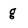
Character: g